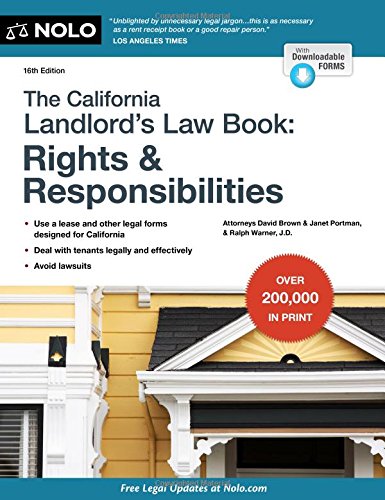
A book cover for California Landlord's Lawbook, The: Rights & Responsibilities (California Landlord's Law Book : Rights and Responsibilities); David Brown Attorney; Business & Money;